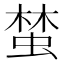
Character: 𱿨